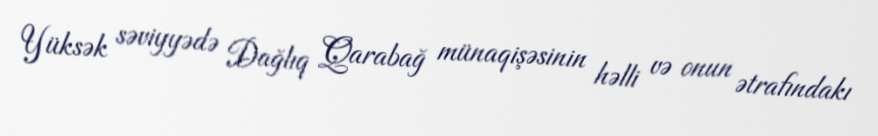
Yüksək səviyyədə Dağlıq Qarabağ münaqişəsinin həlli və onun ətrafındakı